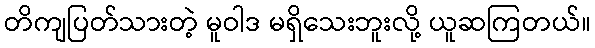
တိကျပြတ်သားတဲ့ မူဝါဒ မရှိသေးဘူးလို့ ယူဆကြတယ်။